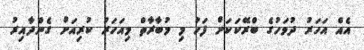
އެއް އަހަރު ދުވަހުގެ ބްރޭކަކަށް ފަހު މި މުބާރާތް މިއަހަރު ކުރިއަށް ގެންދާއިރު